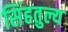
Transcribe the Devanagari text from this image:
सिंहतुल्य